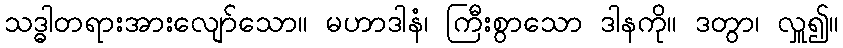
သဒ္ဓါတရားအားလျော်သော။ မဟာဒါနံ၊ ကြီးစွာသော ဒါနကို။ ဒတွာ၊ လှူ၍။